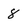
Character: 8